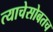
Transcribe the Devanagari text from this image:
त्याचेसोबतच